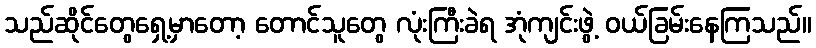
သည်ဆိုင်တွေရှေ့မှာတော့ တောင်သူတွေ လုံးကြီးခဲရ အုံကျင်းဖွဲ့ ဝယ်ခြမ်းနေကြသည်။